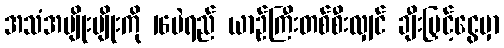
အသံအမျိုးမျိုးကို 16ပဲရည် ယာဉ်ကြီးတစ်စီးလျှင် ချီးမြှင့်ငွေမှာ